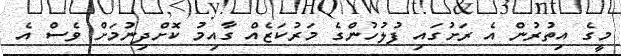
މީގެ އިތުރުން އެ ރަށުގައި ފުލުހުންގެ މަރުކަޒެއް ގާއިމު ކޮށްދިނުމަށް ވެސް އެ